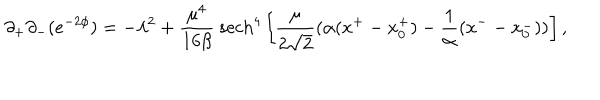
LaTeX: \partial _ { + } \partial _ { - } ( e ^ { - 2 \phi } ) = - \lambda ^ { 2 } + \frac { \mu ^ { 4 } } { 1 6 \beta } { } ~ \mathrm { s e c h } ^ { 4 } \left[ \frac { \mu } { 2 \sqrt 2 } ( \alpha ( x ^ { + } - x _ { 0 } ^ { + } ) - \frac { 1 } { \alpha } ( x ^ { - } - x _ { 0 } ^ { - } ) ) \right] ,